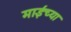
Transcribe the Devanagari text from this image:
माईंच्या